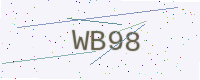
Text: WB98